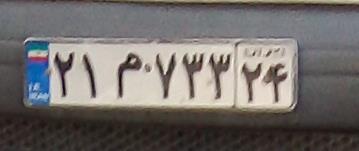
۲۱م۷۳۳۲۴